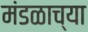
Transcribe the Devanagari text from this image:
मंडळाच्‍या